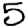
Digit: 5